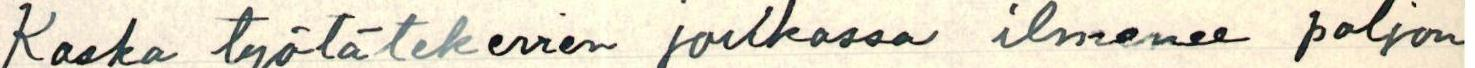
Koska työtätekevien joukossa ilmenee paljon